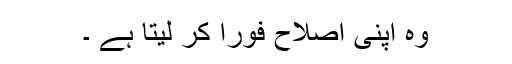
وہ اپنی اصلاح فوراً کر لیتا ہے ۔